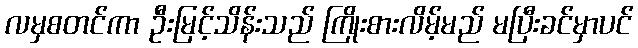
လမှစတင်ကာ ဦးမြင့်သိန်းသည် ကြိုးစားလိမ့်မည် မပြီးခင်မှာပင်